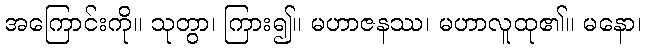
အကြောင်းကို။ သုတွာ၊ ကြား၍။ မဟာဇနဿ၊ မဟာလူထု၏။ မနော၊